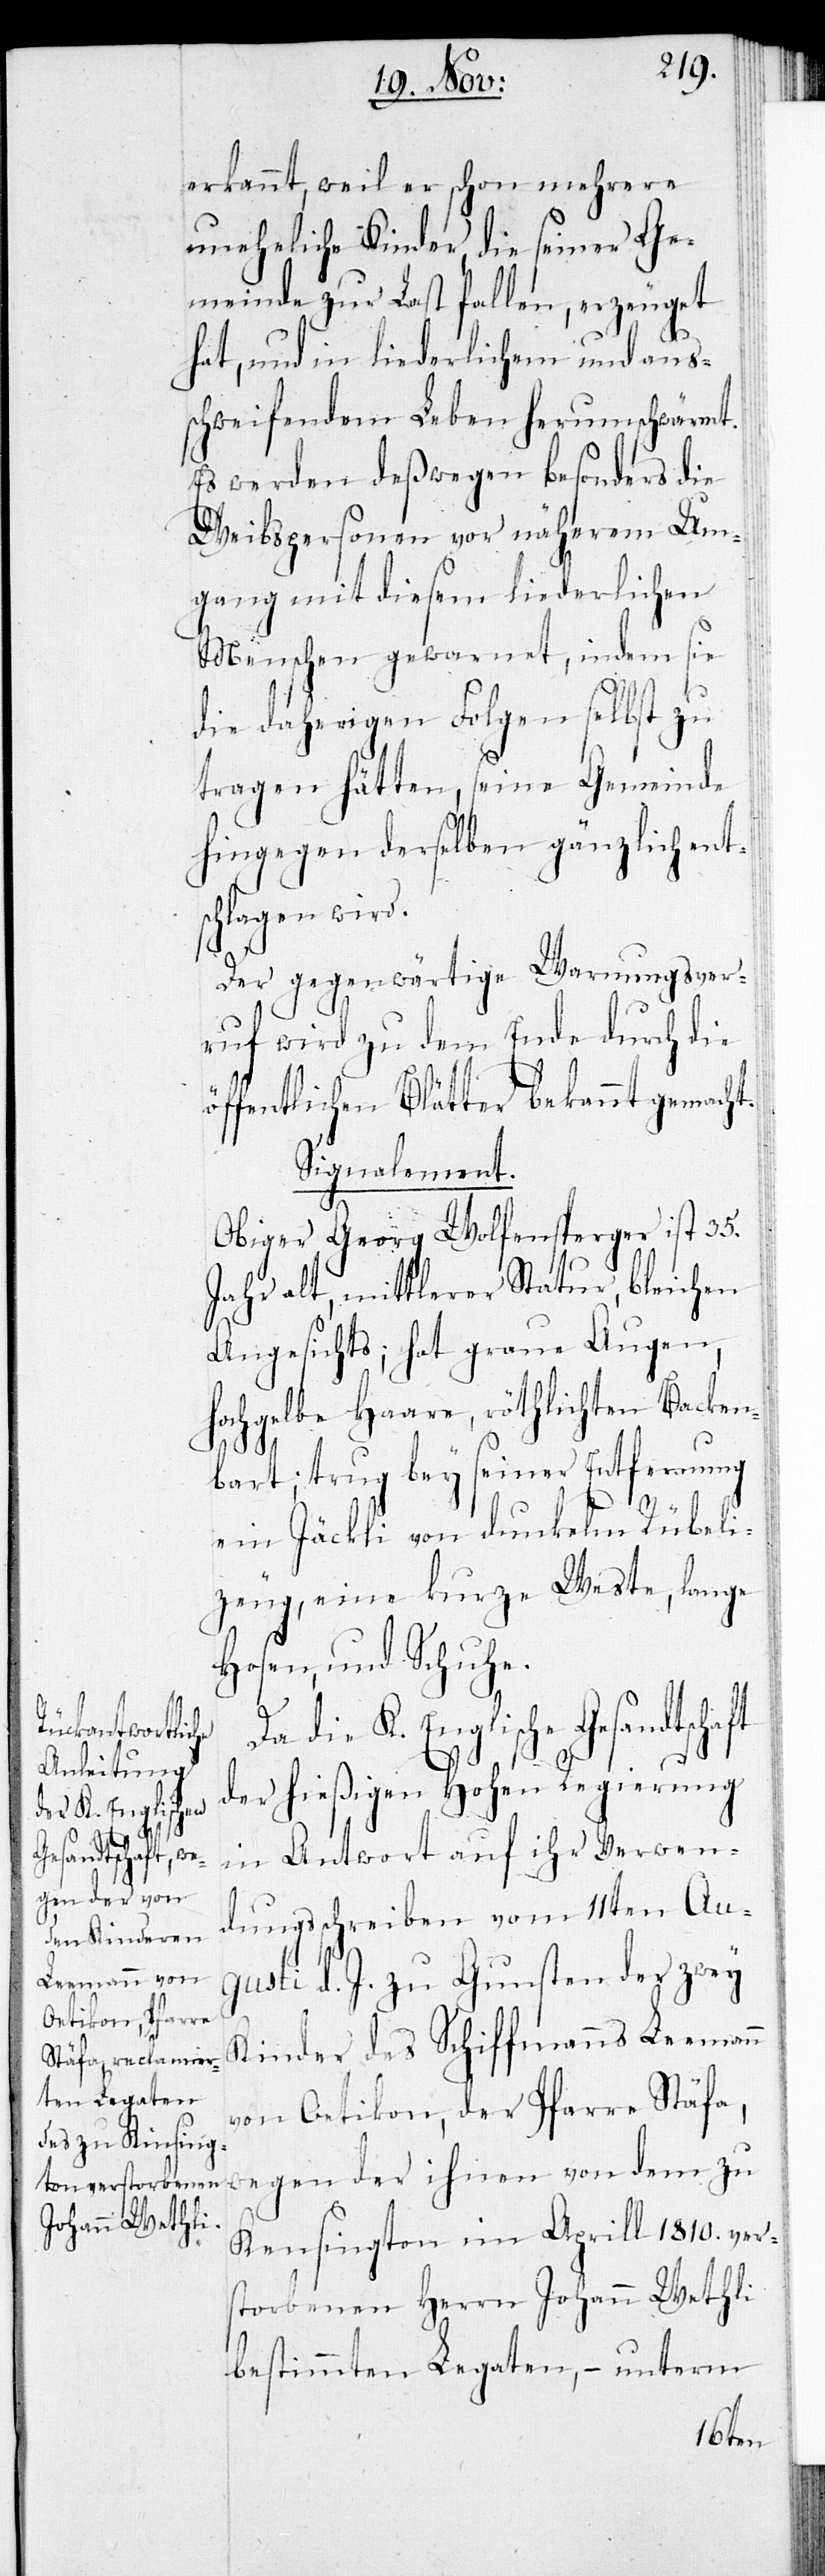
die K. Englische
Gesandtschaft

erkannt, weil er schon mehrere
uneheliche Kinder, die seiner Ge¬
meinde zur Last fallen, erzeugt
hat, und in liederlichem und aus¬
schweifendem Leben herumschwärmt.
Es werden deswegen besonders die
Weibspersonen vor näherem Um¬
gang mit diesem liederlichen
Menschen gewarnet, indem sie
die daherigen Folgen selbst zu
tragen hätten, seine Gemeinde
hingegen derselben gänzlich ents¬
chlagen wird.
Der gegenwärtige Warnungsver¬
ruf wird zu dem Ende durch die
öffentlichen Blätter bekannt gemacht.
Signalement.
Obiger Georg Wolfensperger ist 35.
Jahr alt, mittlerer Statur, bleichen
Angesichts; hat graue Augen,
hochgelbe Haare, röthlichten Backen¬
bart; trug bey seiner Entfernung
ein Jäckli von dunkelm Rübeli¬
zeug, eine kurze Weste, lange
Hosen, und Schuhe.
der hießigen Hohen Regierung
in Antwort auf ihr Verwen¬
dungsschreiben vom 11ten Au¬
gusti d. J. zu Gunsten der zwey
Kinder des Schiffmanns Leemann
von Oetikon, der Pfarre Stäfa,
wegen der ihnen von dem zu
Kensington im Aprill 1810. ver¬
storbenen Herrn Johann Wethli
bestimmten Legaten, – unterm